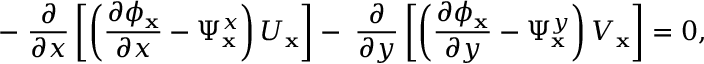
- \; \frac { \partial } { \partial x } \left[ \left( \frac { \partial \phi _ { \mathbf { x } } } { \partial x } - \Psi _ { \mathbf { x } } ^ { x } \right) U _ { \mathbf { x } } \right] - \; \frac { \partial } { \partial y } \left[ \left( \frac { \partial \phi _ { \mathbf { x } } } { \partial y } - \Psi _ { \mathbf { x } } ^ { y } \right) V _ { \mathbf { x } } \right] = 0 ,